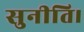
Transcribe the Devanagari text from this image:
सुनीति।